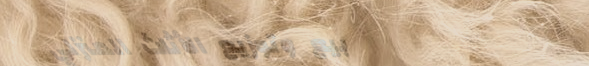
بيع وتوزيع الأثاث المنزلي